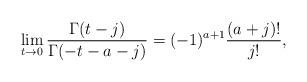
LaTeX: \begin{align*}\lim_{t\to 0}\frac{\Gamma(t-j)}{\Gamma(-t-a-j)}=(-1)^{a+1}\frac{(a+j)!}{j!},\end{align*}